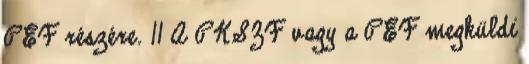
PEF részére. 11 A PKSZF vagy a PEF megküldi